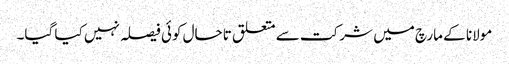
مولانا کے مارچ میں شرکت سے متعلق تاحال کوئی فیصلہ نہیں کیا گیا۔